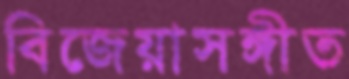
বিজেয়াসঙ্গীত